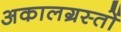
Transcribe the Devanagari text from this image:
अकालग्रस्तों